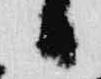
日